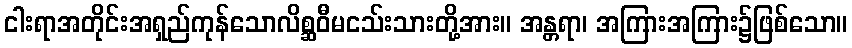
ငါးရာအတိုင်းအရှည်ကုန်သောလိစ္ဆဝီမငသ်းသားတို့အား။ အန္တရာ၊ အကြားအကြား၌ဖြစ်သော။